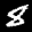
Label: 8